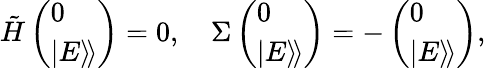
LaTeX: \begin{array}{r}{\tilde{H}\left(\begin{array}{l}{0}\\ {|E\rangle\! \rangle}\end{array}\right)=0,\quad\Sigma\left(\begin{array}{l}{0}\\ {|E\rangle\! \rangle}\end{array}\right)=-\left(\begin{array}{l}{0}\\ {|E\rangle\! \rangle}\end{array}\right),}\end{array}